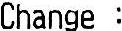
CHANGE :